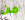
من